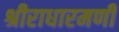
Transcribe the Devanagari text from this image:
श्रीराधारमणी